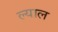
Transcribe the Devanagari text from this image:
ल्याल